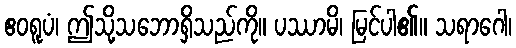
ဧဝရူပံ၊ ဤသို့သဘောရှိသည်ကို။ ပဿာမိ၊ မြင်ပါ၏။ သရာဂေါ၊